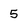
Character: 5